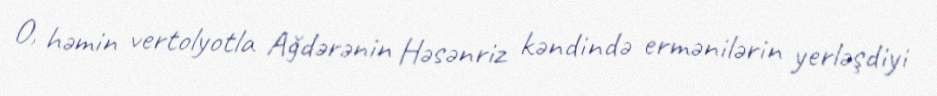
O, həmin vertolyotla Ağdərənin Həsənriz kəndində ermənilərin yerləşdiyi